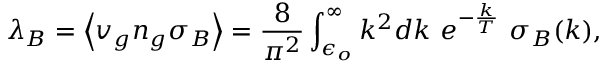
\lambda _ { B } = \left< v _ { g } n _ { g } \sigma _ { B } \right> = { \frac { 8 } { \pi ^ { 2 } } } \int _ { \epsilon _ { o } } ^ { \infty } k ^ { 2 } d k \ e ^ { - { \frac { k } { T } } } \ \sigma _ { B } ( k ) ,